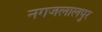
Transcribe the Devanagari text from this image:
नगजलालपुर